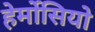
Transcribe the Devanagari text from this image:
हेर्मोसियो